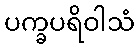
ပက္ခပရိဝါသံ